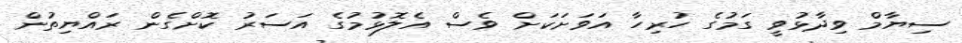
ސިޔާމް ވިދާޅުވީ ގަމުގެ ހުރިހާ އަވަށަކަށް ވެސް އެލޮޅުމުގެ އަސަރު ކޮށްގެން ރައްޔިތުން